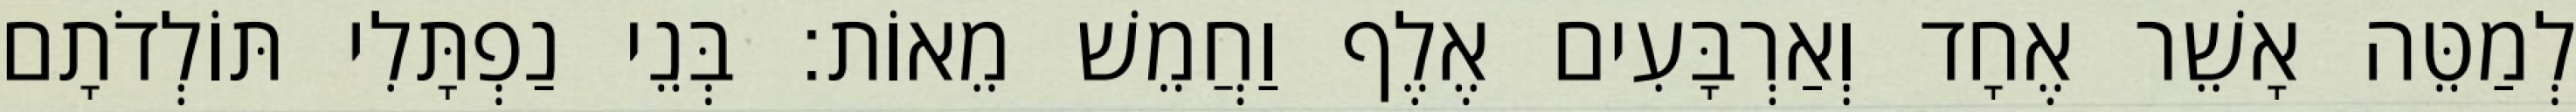
לְמַטֵּה אָשֵׁר אֶחָד וְאַרְבָּעִים אֶלֶף וַחֲמֵשׁ מֵאוֹת׃ בְּנֵי נַפְתָּלִי תּוֹלְדֹתָם